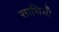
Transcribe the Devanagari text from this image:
साथियोँ